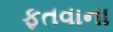
ફતવાના